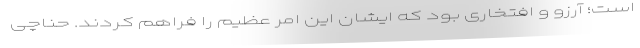
است؛ آرزو و افتخاری بود که ایشان این امر عظیم را فراهم کردند. حناچی